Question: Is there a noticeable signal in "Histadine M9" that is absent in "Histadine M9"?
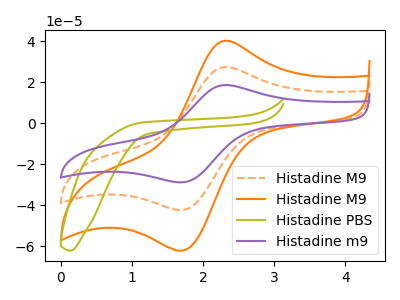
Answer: <think>The orange dashed curve "Histadine M9" has an anodic peak at (2.35V, 27.45uA) and a cathodic peak at (1.75V, -42.05uA). The orange curve "Histadine M9" has an anodic peak at (2.35V, 40.35uA) and a cathodic peak at (1.75V, -61.80uA). The olive curve "Histadine PBS" has no peaks. The purple curve "Histadine m9" has an anodic peak at (2.35V, 54.95uA) and a cathodic peak at (1.75V, -84.15uA).
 All the peaks in "Histadine M9" have a peak in "Histadine M9" at the same potential. Every peak in "Histadine M9" is higher than every peak in "Histadine M9".</think>
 <answer>No, "Histadine M9" and "Histadine M9" don't appear to be significantly different in shape</answer>
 <eval>no_change</eval>